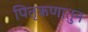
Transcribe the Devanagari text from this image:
पितृऋणातुन